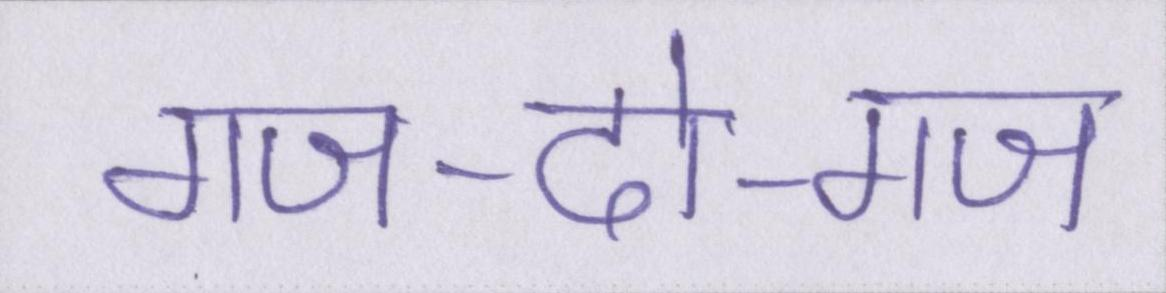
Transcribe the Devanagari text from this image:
गज-दो-गज